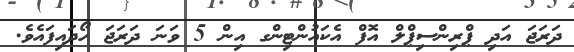
ދަރަޖަ އަދި ޕްރިންސިޕްލް އޮފް އެކައުންޓިންގ އިން 5 ވަނަ ދަރަޖަ ހޯދައިފައެވެ.